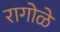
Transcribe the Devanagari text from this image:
रागोळे